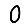
Digit: 0